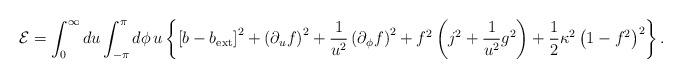
LaTeX: \begin{align*}{\cal E}=\int_0^\infty du\int_{-\pi}^{\pi}d\phi\,u\left\{\left[b-b_{\rm ext}\right]^2+\left(\partial_uf\right)^2+\frac{1}{u^2}\left(\partial_\phi f\right)^2+f^2\left(j^2+\frac{1}{u^2}g^2\right)+\frac{1}{2}\kappa^2\left(1-f^2\right)^2\right\}.\end{align*}